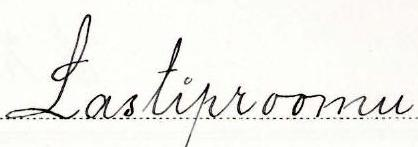
Lastiproomu